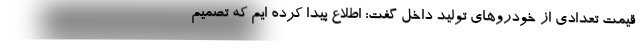
قیمت تعدادی از خودروهای تولید داخل گفت: اطلاع پیدا کرده ایم که تصمیم